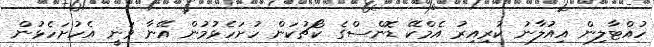
ހުއްޓާލިން އިއުލާނު ކުރިއިރު އެމްކޭ ޑޮންސްގެ ކޯޗުކަން ހުށަހެޅުމުން އޭނާ ވަނީ އެހުށަހެޅުން